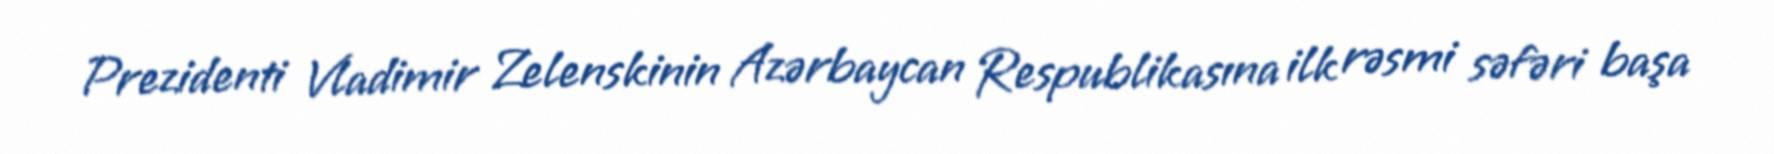
Prezidenti Vladimir Zelenskinin Azərbaycan Respublikasına ilk rəsmi səfəri başa